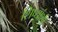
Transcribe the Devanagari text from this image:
शिष्यांशी